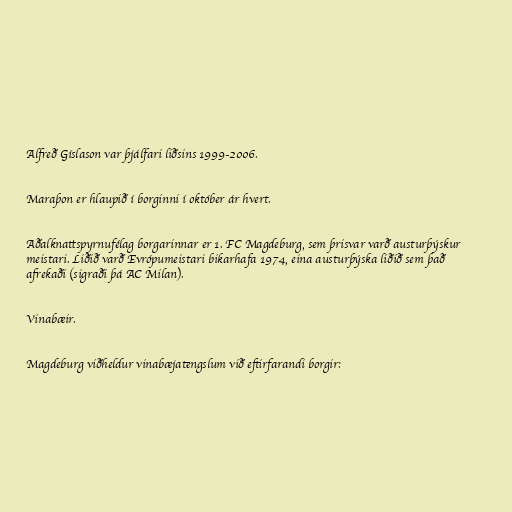
Alfreð Gíslason var þjálfari liðsins 1999-2006.

Maraþon er hlaupið í borginni í október ár hvert.

Aðalknattspyrnufélag borgarinnar er 1. FC Magdeburg, sem þrisvar varð austurþýskur
meistari. Liðið varð Evrópumeistari bikarhafa 1974, eina austurþýska liðið sem það
afrekaði (sigraði þá AC Milan).

Vinabæir.

Magdeburg viðheldur vinabæjatengslum við eftirfarandi borgir: